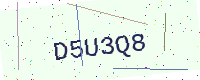
Text: D5U3Q8